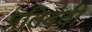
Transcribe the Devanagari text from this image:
प्रतिबंदी